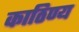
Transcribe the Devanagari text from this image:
काठिण्य